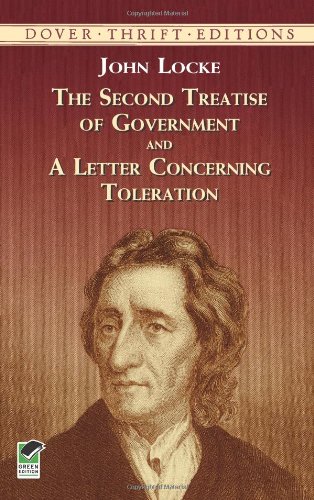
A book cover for The Second Treatise of Government and A Letter Concerning Toleration (Dover Thrift Editions); John Locke; Politics & Social Sciences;